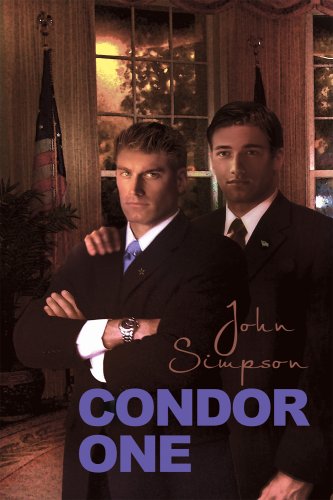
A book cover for Condor One; John Simpson; Romance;